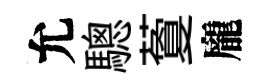
允驄藑龐